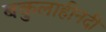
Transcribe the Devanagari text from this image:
बकुलाहीनदी